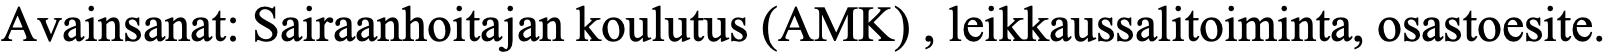
Avainsanat: Sairaanhoitajan koulutus (AMK) , leikkaussalitoiminta, osastoesite.